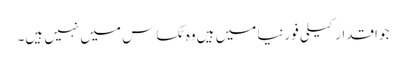
جو اقدار کیلی فورنیا میں ہیں وه ٹکساس میں نہیں ہیں۔